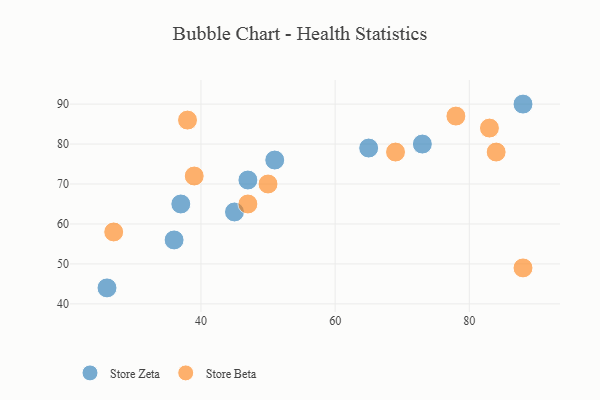
{"axis": {"x": "GDP", "y": "Life Expectancy"}, "legend": ["Store Beta", "Store Zeta"], "data": [{"x": "45", "y": 63, "type": "Store Zeta"}, {"x": "26", "y": 44, "type": "Store Zeta"}, {"x": "36", "y": 56, "type": "Store Zeta"}, {"x": "47", "y": 71, "type": "Store Zeta"}, {"x": "51", "y": 76, "type": "Store Zeta"}, {"x": "37", "y": 65, "type": "Store Zeta"}, {"x": "88", "y": 90, "type": "Store Zeta"}, {"x": "73", "y": 80, "type": "Store Zeta"}, {"x": "65", "y": 79, "type": "Store Zeta"}, {"x": "78", "y": 87, "type": "Store Beta"}, {"x": "39", "y": 72, "type": "Store Beta"}, {"x": "50", "y": 70, "type": "Store Beta"}, {"x": "83", "y": 84, "type": "Store Beta"}, {"x": "47", "y": 65, "type": "Store Beta"}, {"x": "84", "y": 78, "type": "Store Beta"}, {"x": "69", "y": 78, "type": "Store Beta"}, {"x": "27", "y": 58, "type": "Store Beta"}, {"x": "38", "y": 86, "type": "Store Beta"}, {"x": "88", "y": 49, "type": "Store Beta"}]}